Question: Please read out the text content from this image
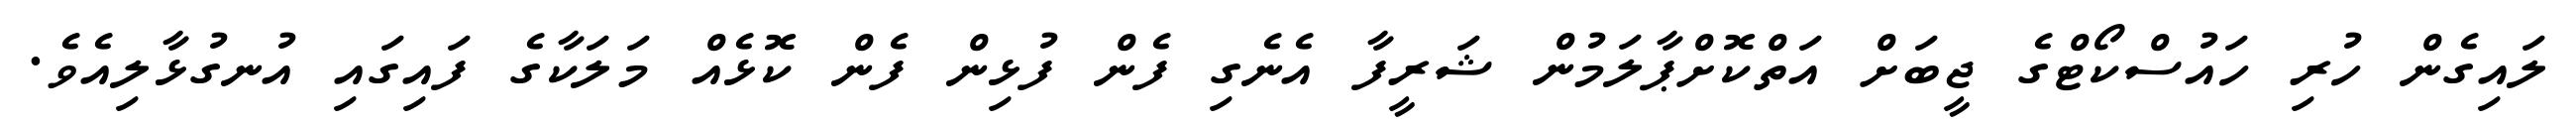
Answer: ލައިގެން ހުރި ހައުސްކޯޓްގެ ޖީބަށް އަތްކޮށްޕާލަމުން ޝަރީފާ އެނެގި ފެން ފުޅިން ފެން ކޮޅެއް މަލަކާގެ ފައިގައި އުނގުޅާލިއެވެ.